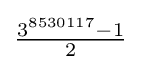
{\tfrac {3^{8530117}-1}{2}}